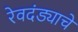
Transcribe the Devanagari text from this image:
रेवदंड्याचे